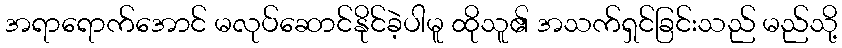
အရာရောက်အောင် မလုပ်ဆောင်နိုင်ခဲ့ပါမူ ထိုသူ၏ အသက်ရှင်ခြင်းသည် မည်သို့